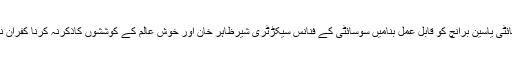
الررحیم سوسائٹی یاسین برانچ کو قابل عمل بنامیں سوسائٹی کے فنانس سیکڑٹری شیرظاہر خان اور خوش عالم کے کوششوں کاذکرنہ کرنا کفران نعمت ہوگئی ۔